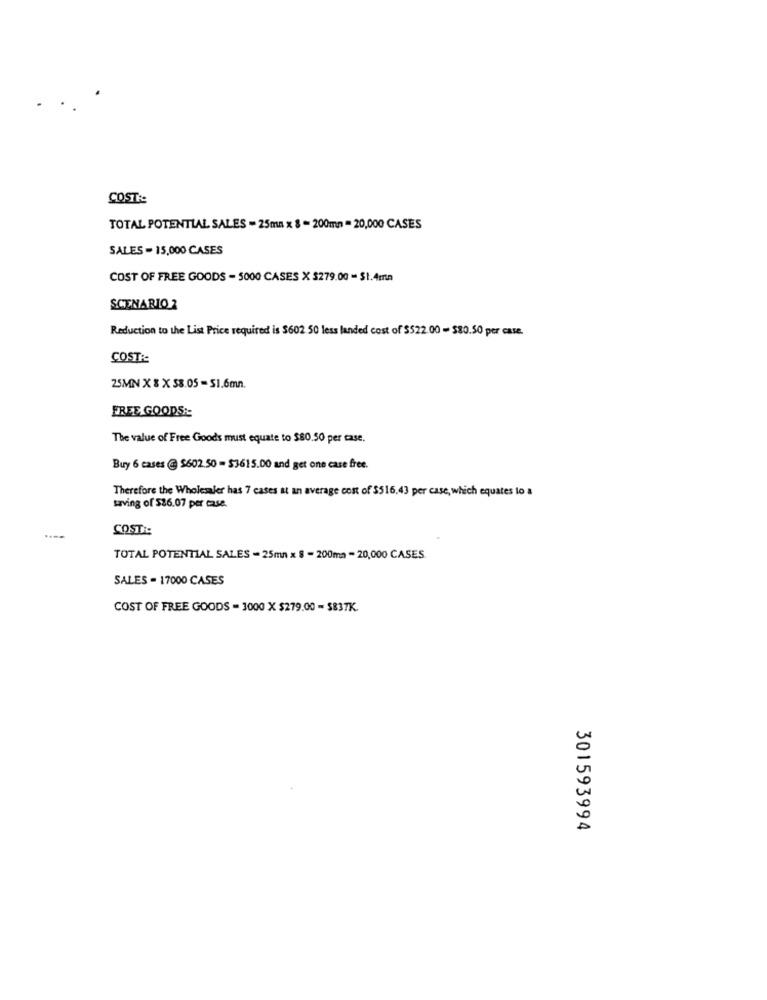
COST ::
TOTAL POTENTIAL SALES - 25ma x 8 - 200mn = 20,000 CASES
SALES - 15,000 CASES
COST OF FREE GOODS - 5000 CASES X $279.00 - $1.4mm
SCENARIO 2
Reduction to the List Price required is $602 50 less landed cost of $522.00 - $80.50 per case.
COSTR
25MN X 8 X 58.05 = $1.6mn.
FREE GOODS :-
The value of Free Goods must equate to $80.50 per case.
Buy 6 cases @ $602.50 = $3615.00 and get one case free.
Therefore the Wholesaler has 7 cases at an average cost of $516,43 per case, which equates lo a
surving of $26.07 per case.
COST ::
TOTAL POTENTIAL SALES - 25mn x 8 - 200ma - 20,000 CASES
SALES - 17000 CASES
COST OF FREE GOODS = 3000 X $279.00 - $837K.
301593994